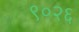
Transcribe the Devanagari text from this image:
९०२६